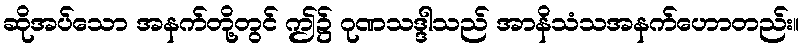
ဆိုအပ်သော အနက်တို့တွင် ဤ၌ ဂုဏသဒ္ဒါသည် အာနိသံသအနက်ဟောတည်း။